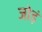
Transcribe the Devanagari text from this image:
जोड़ं